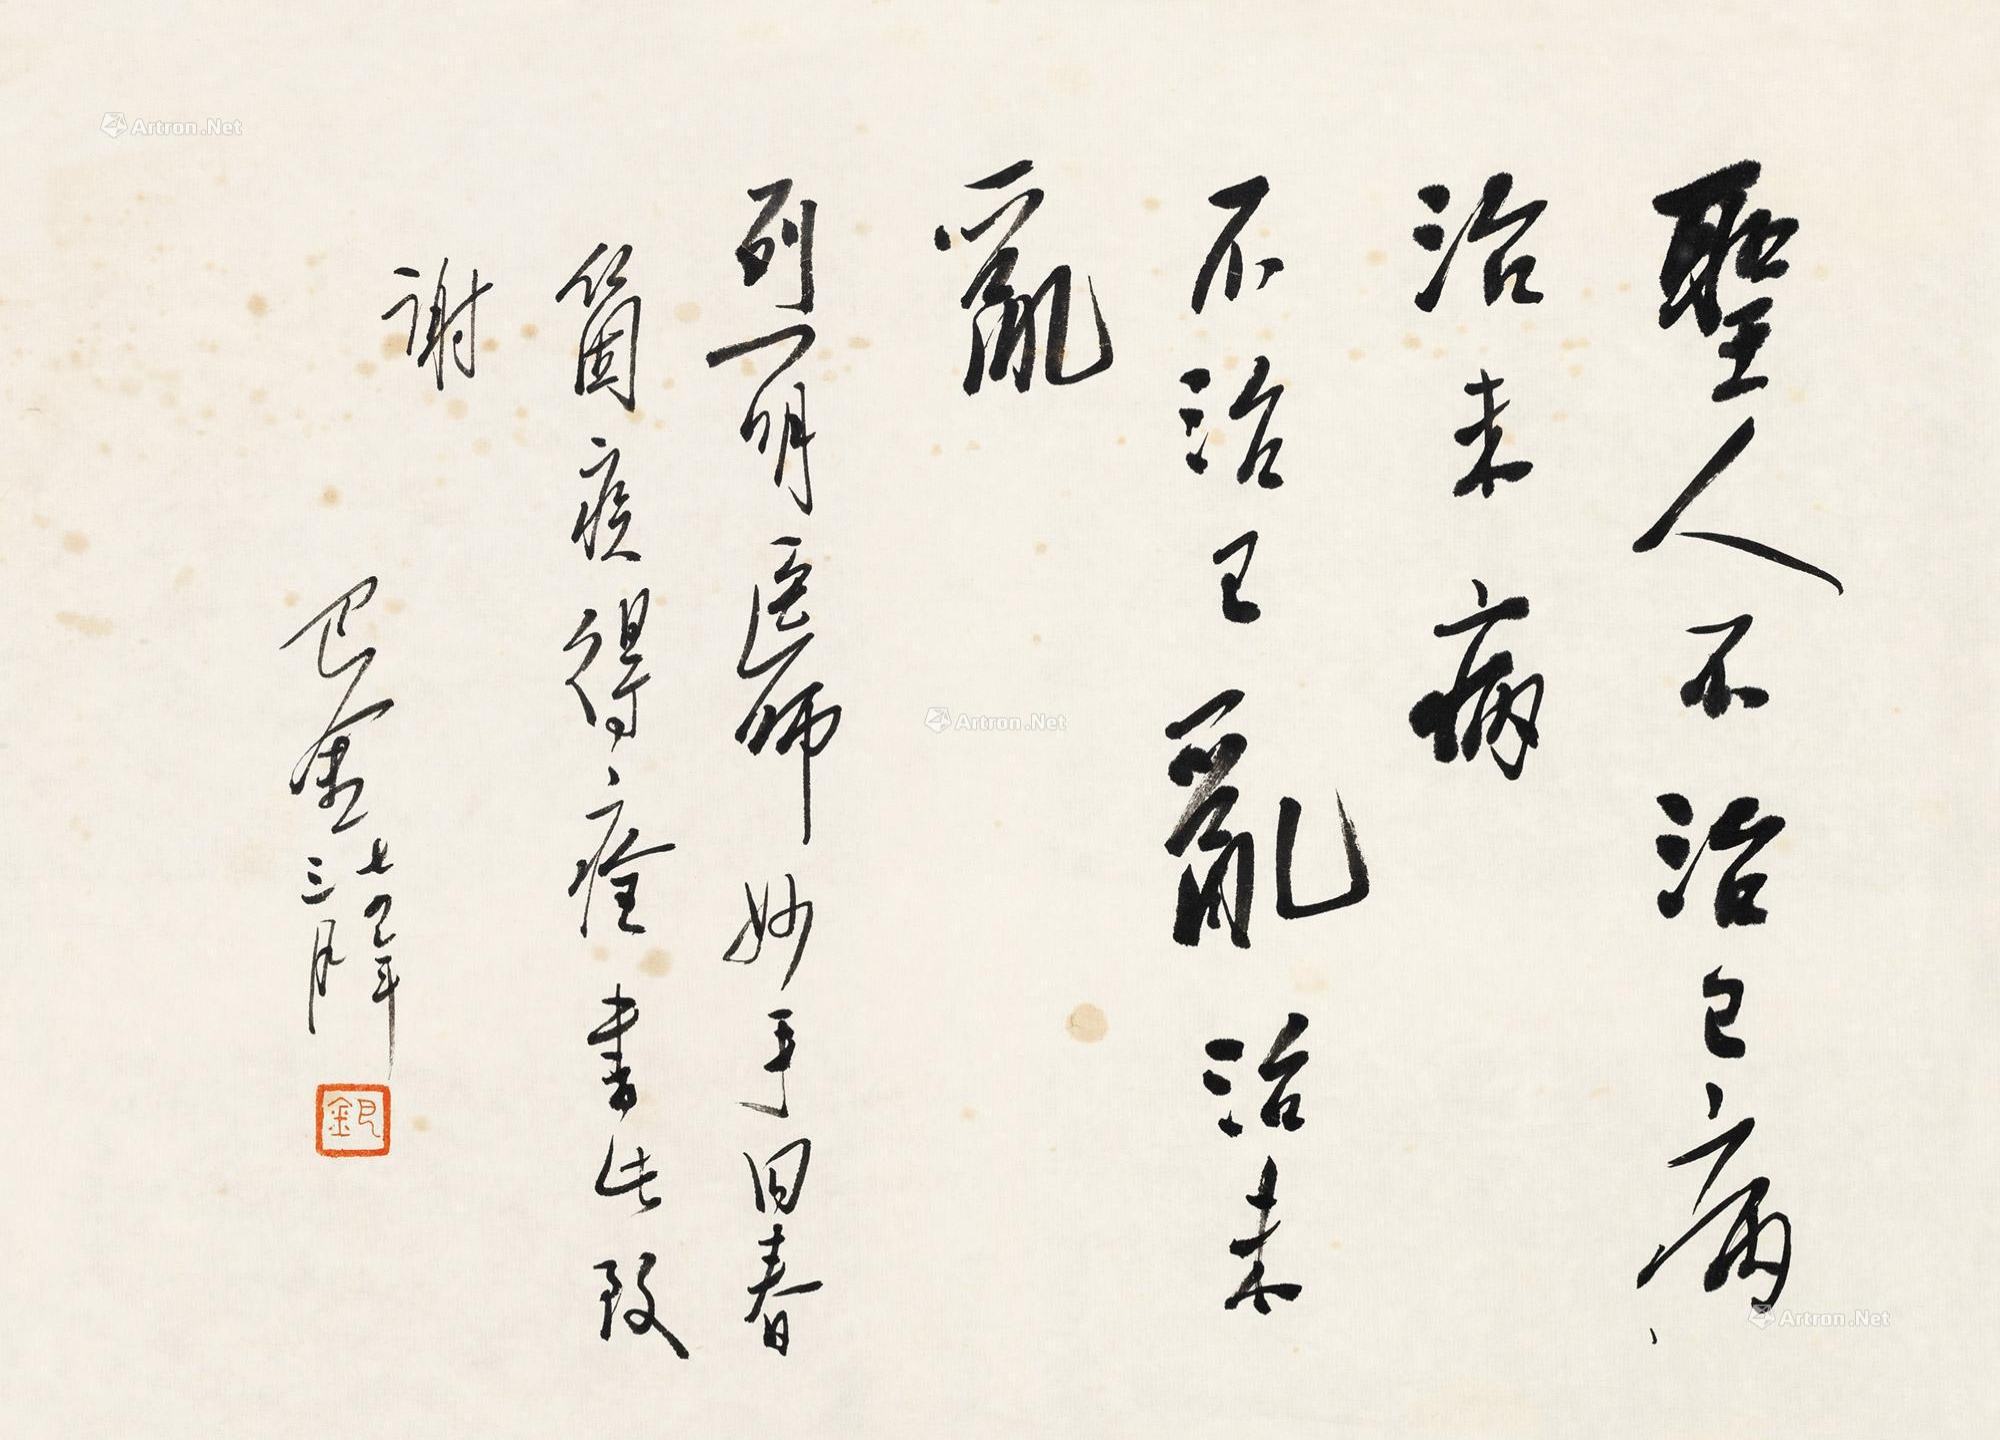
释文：圣人不治已病治未病，不治已乱治未乱。烈明医师妙手回春，痼疾得痊，书此致谢。巴金，七四年三月。